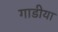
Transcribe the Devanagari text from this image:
गाडीया